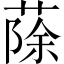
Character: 蒢